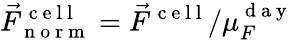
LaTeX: \vec{F}_{\mathrm{~n~o~r~m~}}^{\mathrm{~c~e~l~l~}}=\vec{F}^{\mathrm{~c~e~l~l~}}/\mu_{F}^{\mathrm{~d~a~y~}}